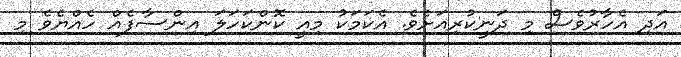
އަދި އެހާރުވެސް މި ދަނީކުރިއަށެވެ. އެކަމަކު މިއީ ކޮންކަހަލަ އިންސާފެއް ހެއްޔެވެ މި